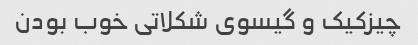
چیزکیک و گیسوی شکلاتی خوب بودن